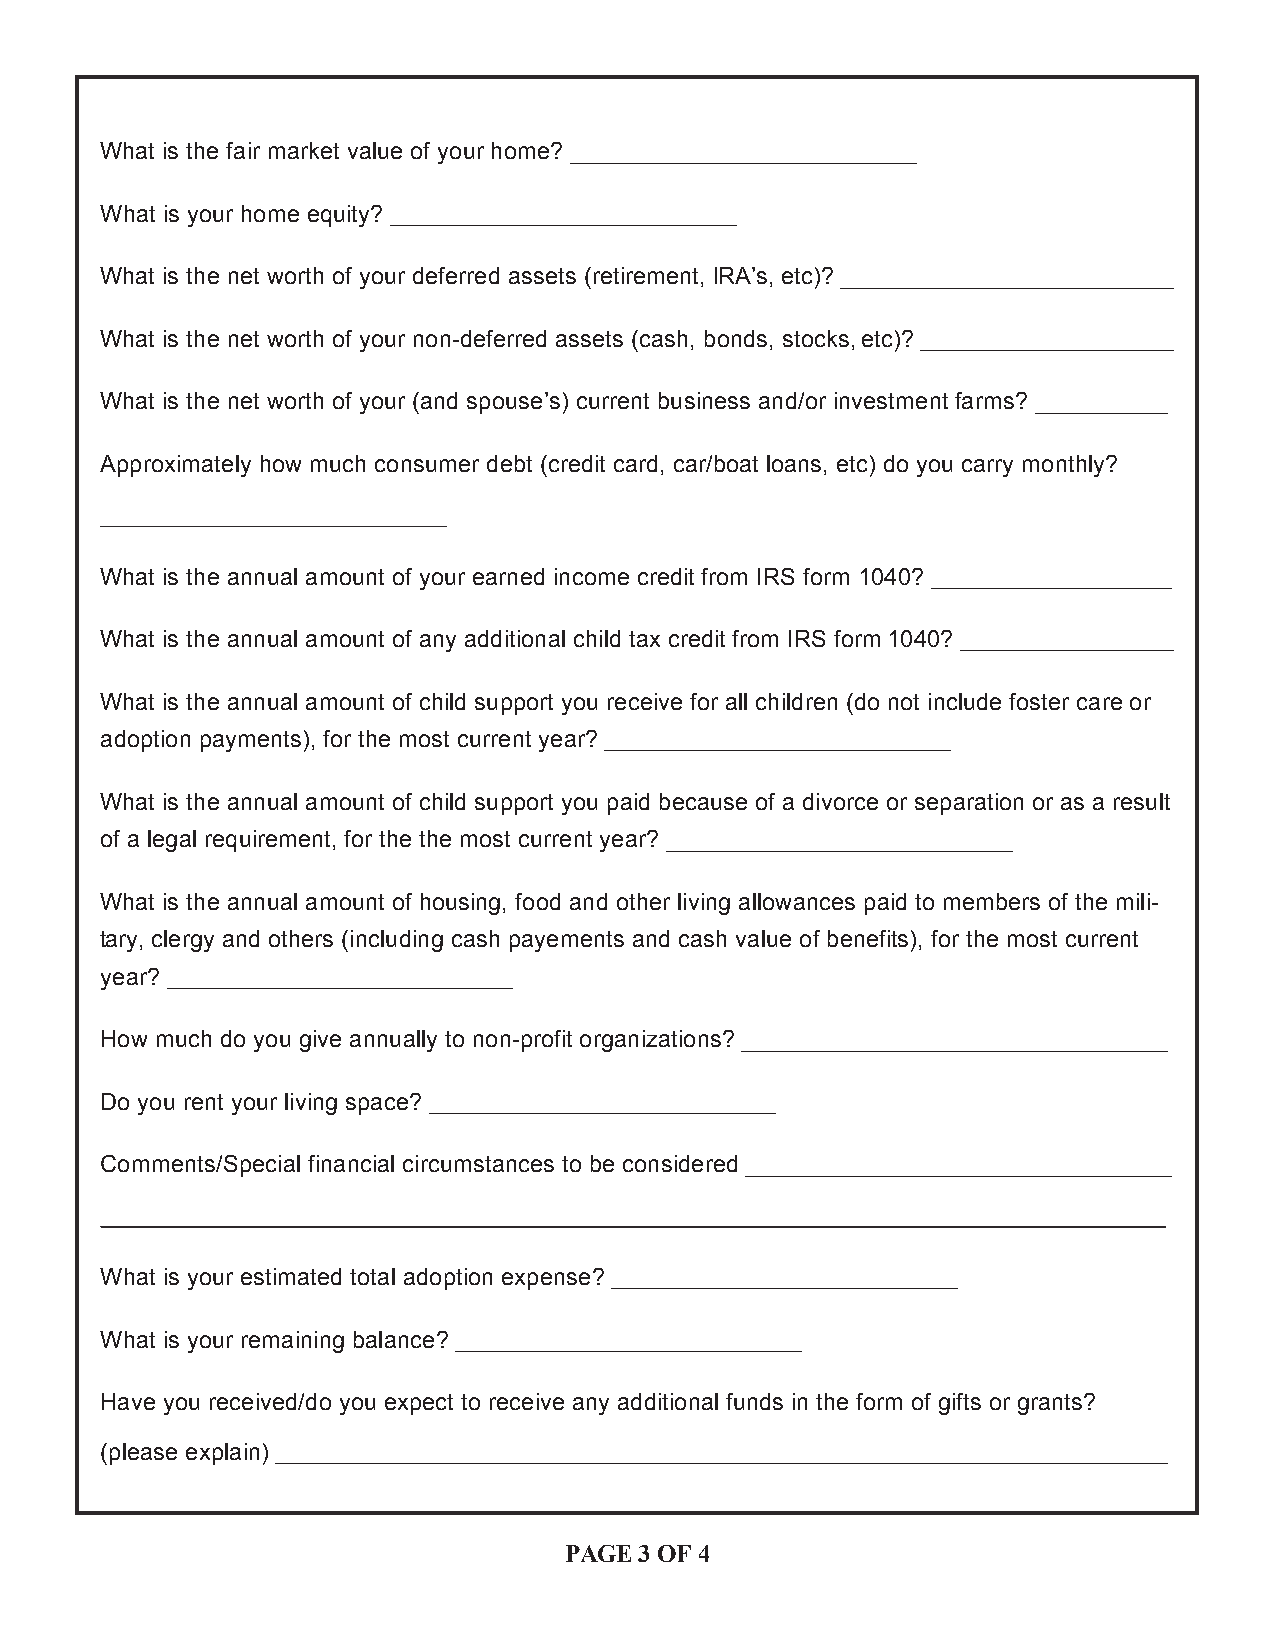
What is the fair market value of your home?
 What is your home equity?
 What is the net worth of your deferred assets (retirement, IRA’s, etc)?
 What is the net worth of your non-deferred assets (cash, bonds, stocks, etc)?
 What is the net worth of your (and spouse’s) current business and/or investment farms?
 Approximately how much consumer debt (credit card, car/boat loans, etc) do you carry monthly?
 What is the annual amount of your earned income credit from IRS form 1040?
 What is the annual amount of any additional child tax credit from IRS form 1040?
 What is the annual amount of child support you receive for all children (do not include foster care or
 adoption payments), for the most current year?
 What is the annual amount of child support you paid because of a divorce or separation or as a result
 of a legal requirement, for the the most current year?
 What is the annual amount of housing, food and other living allowances paid to members of the mili-
 tary, clergy and others (including cash payements and cash value of benefits), for the most current
 year?
 How much do you give annually to non-profit organizations?
 Do you rent your living space?
 Comments/Special financial circumstances to be considered
 What is your estimated total adoption expense?
 What is your remaining balance?
 Have you received/do you expect to receive any additional funds in the form of gifts or grants?
 (please explain)
 PAGE 3 OF 4